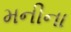
મનીના